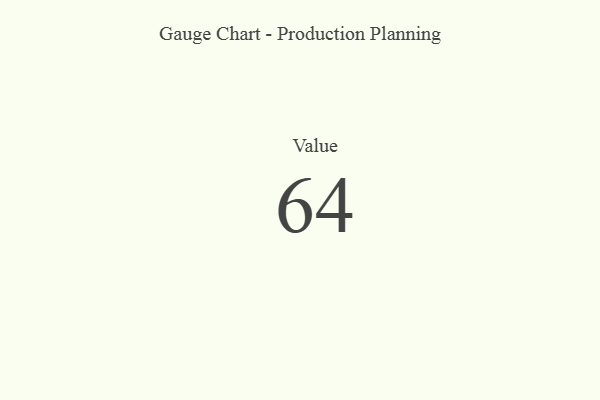
{"axis": {"x": "Metric", "y": "Value"}, "legend": [""], "data": [{"x": "Value", "y": 64, "type": ""}]}